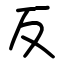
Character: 反